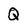
Character: Q